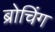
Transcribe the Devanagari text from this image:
ब्रोचिंग